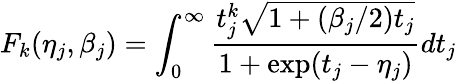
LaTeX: F_{k}(\eta_{j},\beta_{j})=\int_{0}^{\infty}\frac{t_{j}^{k}\sqrt{1+(\beta_{j}/2)t_{j}}}{1+\exp(t_{j}-\eta_{j})}dt_{j}